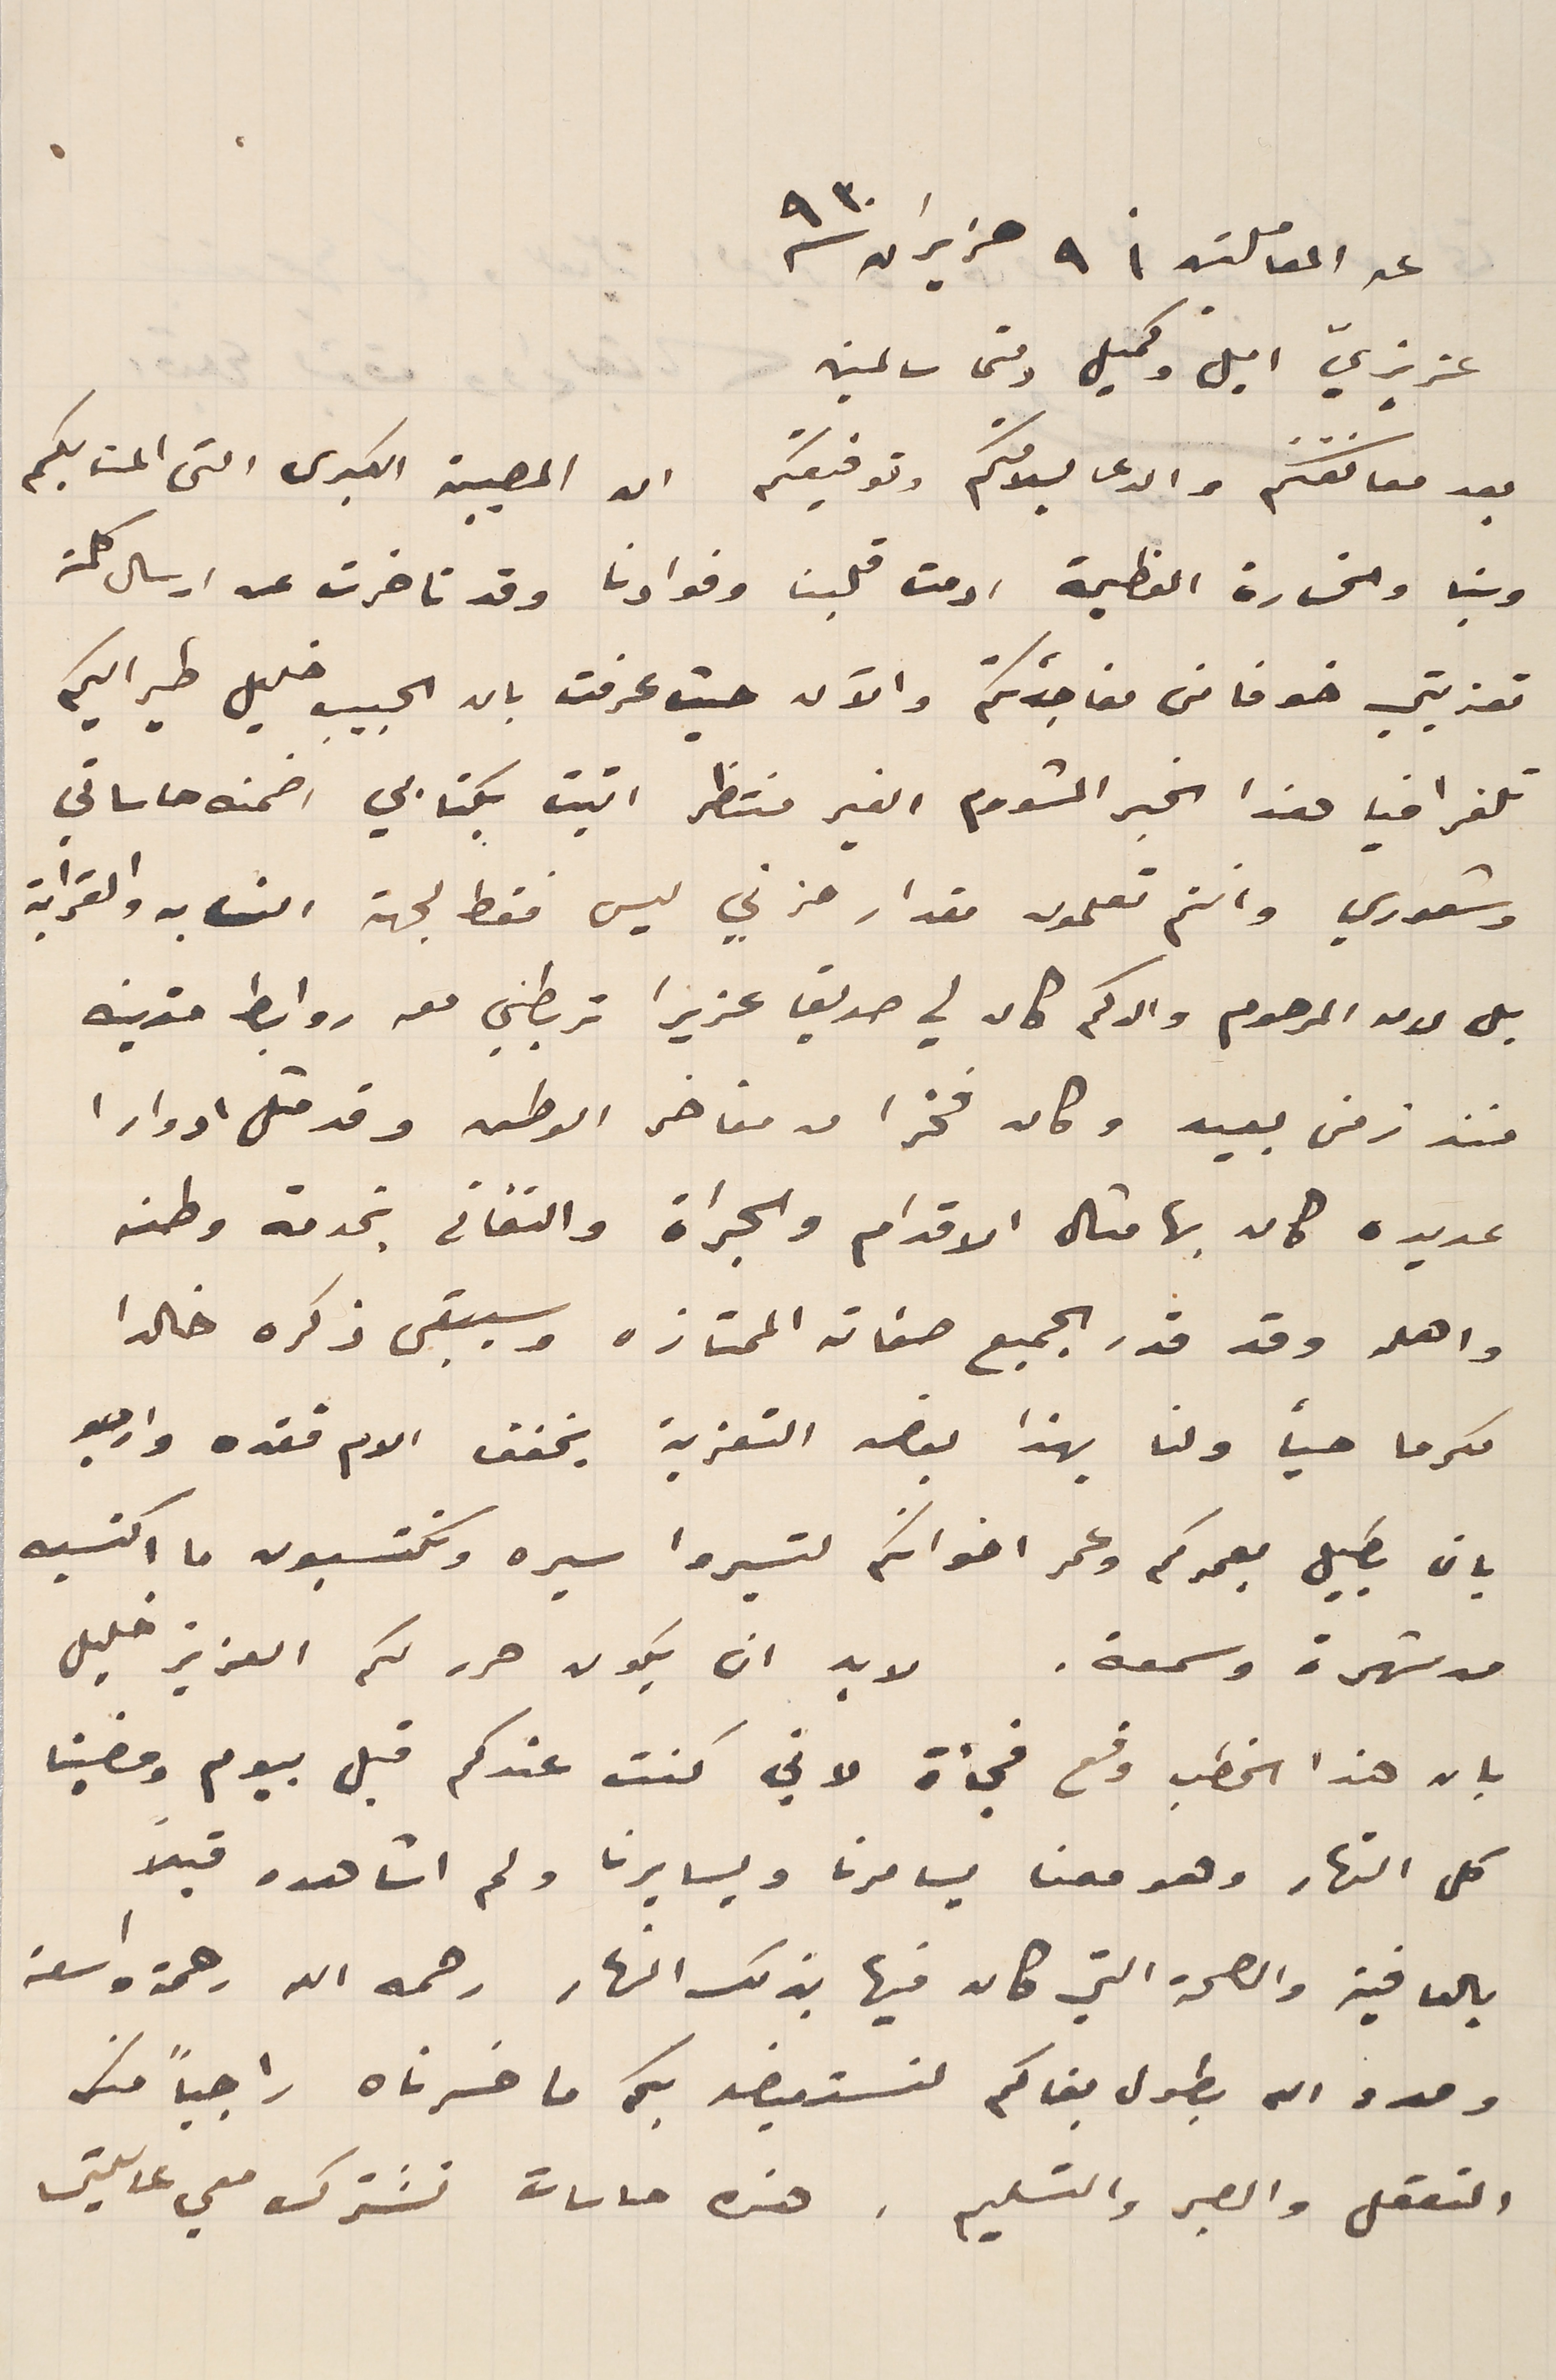
عن المعاملتين ٩ حزيران سنة ٩٣٠
عزيزي اميل وكميل دمتما سالمين
بعد معانقتكم والدعا بسلامتكم وتوفيقكم ان المصيبة الكبرى التي المت بكم
 وبنا والخسارة العظيمة ادمت قلبنا وفوادنا وقد تأخرت عن ارسال كلمة
 تعزيتي خوفًا من مفاجئتكم والآن حيث عرفت بان الحبيب خليل طير اليكم
 تلغرافيا هذا الخبر المشووم الغير منتظر اتيت بكتابي اضمنه حاساتي
وشعوري وانتم تعلمون مقدار حزني ليس فقط لجهة النسابه والقرابة
 بل لامر المرحوم والدكم كان لي صديق عزيزا تربطني معه روابط متينه
 منذ زمن بعيد وكان فخرا من مفاخر الوطن وقد مثل ادوارا
 عديده كان بها مثال الاقدام والجراة والتفانى بخدمة وطنه
واهله وقد قدر الجميع صفاته الممتازه وسيبقى ذكره خالدا
مكرما حياً ولنا بهذا بعض التعزية يخفف الام فقده وارجو
بان يطيل بعمركم وعمر اخوانكم لتسيروا سيره وتكتسبون ما اكتسبه
من شهرة وسمعة. لا بد ان يكون حرر لكم العزيز خليل
بان هذا الخطب وقع فجأة لاني كنت عندكم قبل بيوم ومضينا
كل النهار وهو معنا يسامرنا ويسايرنا ولم اشاهده قبلاً
بالعافية والصحة التي كان فيها بذلك النهار رحمه الله رحمة واسعة
ومدد الله بطول بقاكم لنستعيضه بكم ما خسرناه راجياً منك
 التعقل والصبر والتسليم . هذه حاسات تشترك معي عايلتى